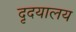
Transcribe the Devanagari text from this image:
दृदयालय